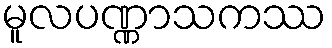
မူလပဏ္ဏာသကဿ